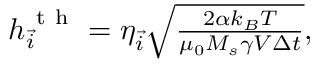
\begin{array} { r } { \boldsymbol { h } _ { \vec { i } } ^ { \mathrm { ~ t ~ h ~ } } = \boldsymbol { \eta } _ { \vec { i } } \sqrt { \frac { 2 \alpha k _ { B } T } { \mu _ { 0 } M _ { s } \gamma V \Delta t } } , } \end{array}